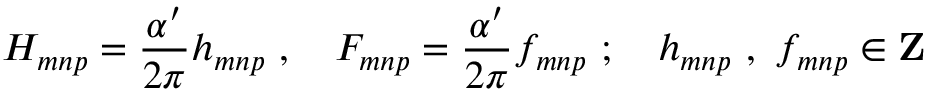
H _ { m n p } = \frac { \alpha ^ { \prime } } { 2 \pi } h _ { m n p } \ , \quad F _ { m n p } = \frac { \alpha ^ { \prime } } { 2 \pi } f _ { m n p } \ ; \quad h _ { m n p } \ , \ f _ { m n p } \in { \bf Z }